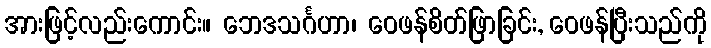
အားဖြင့်လည်းကောင်း။ ဘေဒသင်္ဂဟာ၊ ဝေဖန်စိတ်ဖြာခြင်း, ဝေဖန်ပြီးသည်ကို